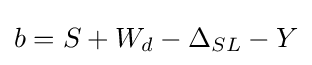
b=S+W_{d}-\Delta _{SL}-Y